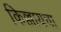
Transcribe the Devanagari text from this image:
किल्लायचा